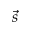
\vec { s }